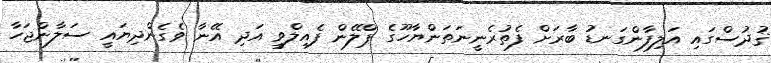
ޤުދުސްގައި އަލިފާންގަނޑު ބާރަށް ފެތުރެނީނަތަންޔާހޫގެ ޕްލޭން ފެއިލްވީ އަދި އޭނާ ވެގެންދިޔައީ ސަލާންޖަހާ